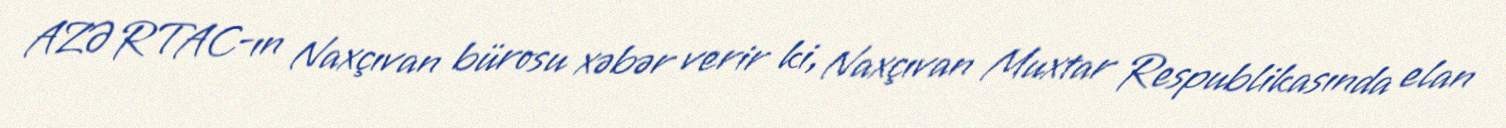
AZƏRTAC-ın Naxçıvan bürosu xəbər verir ki, Naxçıvan Muxtar Respublikasında elan